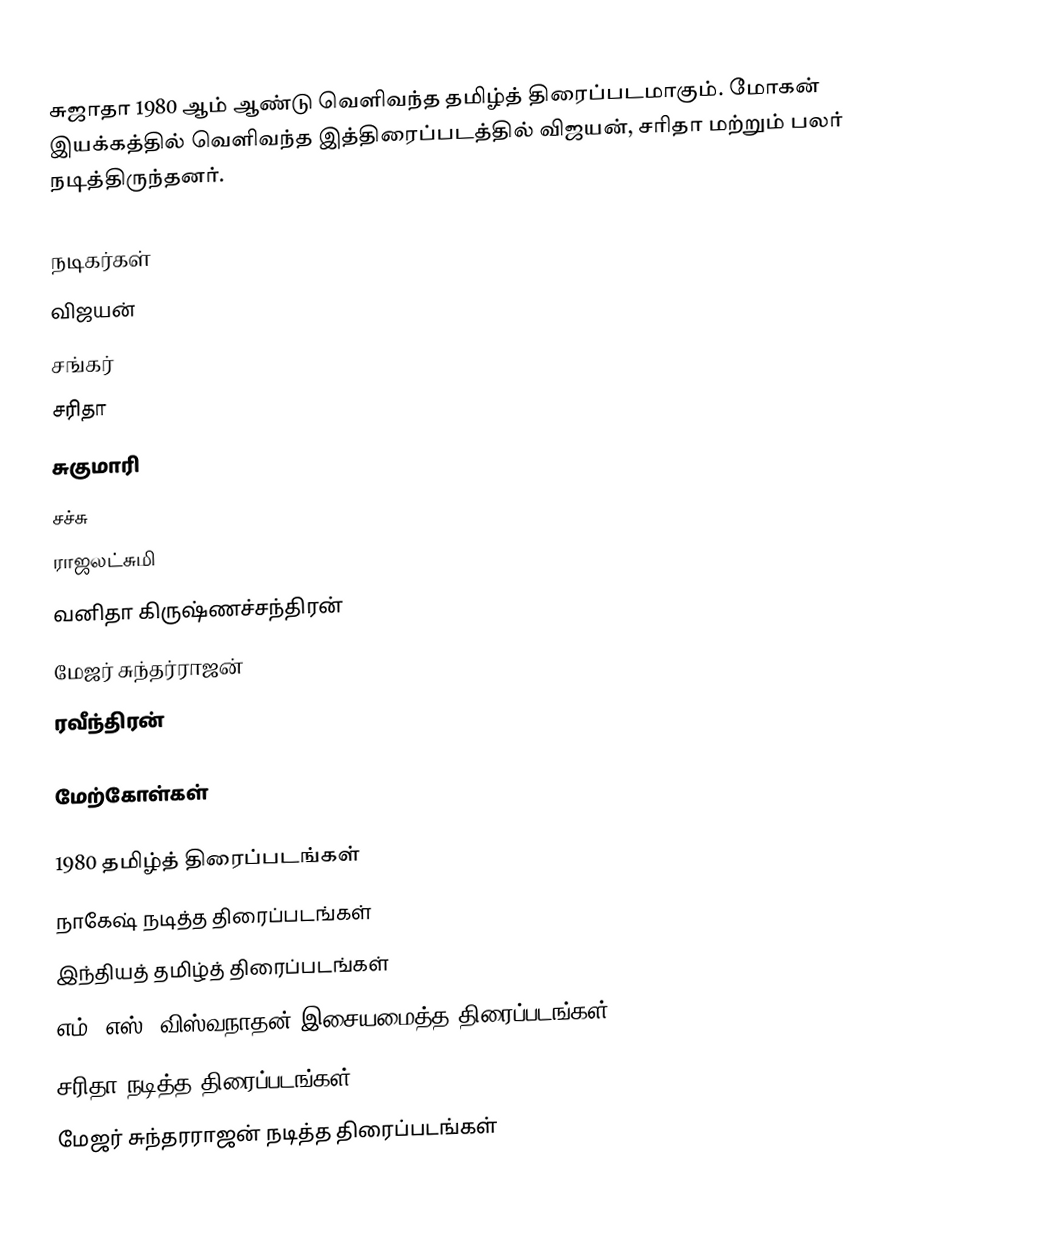
சுஜாதா 1980 ஆம் ஆண்டு வெளிவந்த தமிழ்த் திரைப்படமாகும். மோகன் இயக்கத்தில் வெளிவந்த இத்திரைப்படத்தில் விஜயன், சரிதா மற்றும் பலர் நடித்திருந்தனர்.

நடிகர்கள்
 விஜயன்
 சங்கர்
 சரிதா
 சுகுமாரி
 சச்சு
 ராஜலட்சுமி
 வனிதா கிருஷ்ணச்சந்திரன்
 மேஜர் சுந்தர்ராஜன்
 ரவீந்திரன்

மேற்கோள்கள்

1980 தமிழ்த் திரைப்படங்கள்
நாகேஷ் நடித்த திரைப்படங்கள்
இந்தியத் தமிழ்த் திரைப்படங்கள்
எம். எஸ். விஸ்வநாதன் இசையமைத்த திரைப்படங்கள்
சரிதா நடித்த திரைப்படங்கள்
மேஜர் சுந்தரராஜன் நடித்த திரைப்படங்கள்